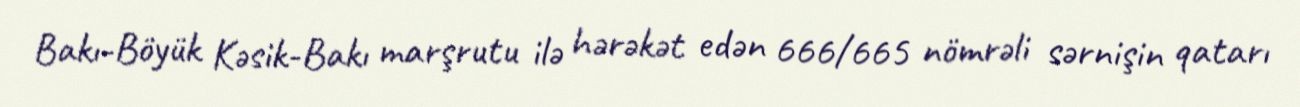
Bakı-Böyük Kəsik-Bakı marşrutu ilə hərəkət edən 666/665 nömrəli sərnişin qatarı